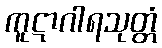
ကူဋာဂါရသုတ္တံ